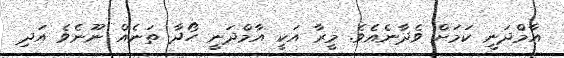
އާމްދަނީ ކަމަށް ވެދާނެއެވެ. މީރާ އަކީ އާމްދަނީ ހޯދާ ތަނެއް ނޫނެވެ އަދި